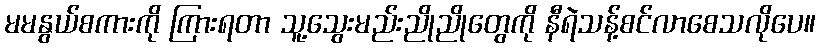
မမနွယ်စကားကို ကြားရတာ သူ့သွေးမည်းညိုညိုတွေကို နီရဲသန့်စင်လာစေသလိုပေ။